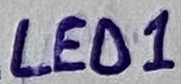
Text: LED1